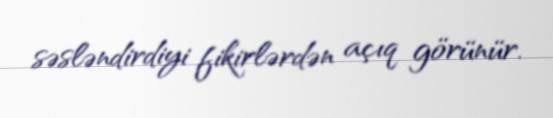
səsləndirdiyi fikirlərdən açıq görünür.